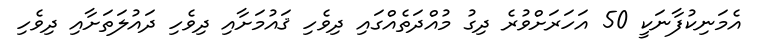
އެމަނިކުފާނަކީ 50 އަހަރަށްވުރެ ދިގު މުއްދަތެއްގައި ދިވެހި ޤައުމަށާއި ދިވެހި ދައުލަތަށާއި ދިވެހި